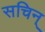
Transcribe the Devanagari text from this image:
सचिन्